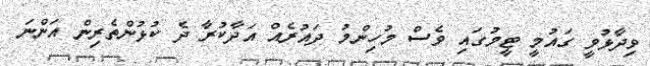
ވިދާޅުވީ ގައުމީ ޓީމުގައި ވެސް މުހިންމު ދައުރެއް އަދާކުރާ ދެ ކުޅުންތެރިން އަންނަ